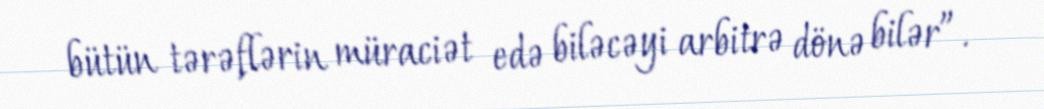
bütün tərəflərin müraciət edə biləcəyi arbitrə dönə bilər”.